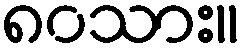
၈၀သား။